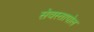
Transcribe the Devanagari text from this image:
सेवस्तापोल